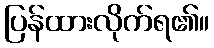
ပြန်ထားလိုက်ရ၏။